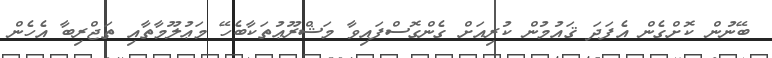
ބޭނުން ކޮށްގެން އެފަދަ ޤައުމުން ކުރިއަށް ގެންގޮސްފައިވާ މަޝްރޫޢުތަކާބެހޭ މަޢުލޫމާތާއި ތަޖްރިބާ އެހެން